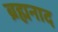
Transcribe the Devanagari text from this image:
ब्रह्मनाद